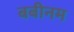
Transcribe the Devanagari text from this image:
बबीनम